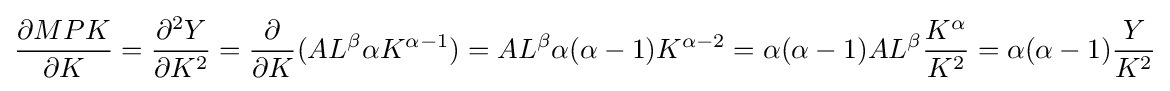
{\frac {\partial MPK}{\partial K}}={\frac {\partial ^{2}Y}{\partial K^{2}}}={\frac {\partial }{\partial K}}(AL^{\beta }\alpha K^{\alpha -1})=AL^{\beta }\alpha (\alpha -1)K^{\alpha -2}=\alpha (\alpha -1)AL^{\beta }{\frac {K^{\alpha }}{K^{2}}}=\alpha (\alpha -1){\frac {Y}{K^{2}}}